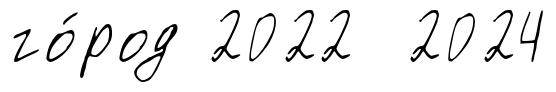
го́род 2022 2024